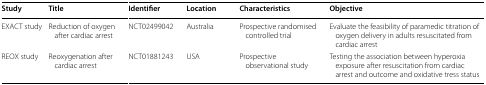
<table><thead><tr><td><b>Study</b></td><td><b>Title</b></td><td><b>Identifier</b></td><td><b>Location</b></td><td><b>Characteristics</b></td><td><b>Objective</b></td></tr></thead><tbody><tr><td>EXACT study</td><td>Reduction of oxygen after cardiac arrest</td><td>NCT02499042</td><td>Australia</td><td>Prospective randomised controlled trial</td><td>Evaluate the feasibility of paramedic titration of oxygen delivery in adults resuscitated from cardiac arrest</td></tr><tr><td>REOX study</td><td>Reoxygenation after cardiac arrest</td><td>NCT01881243</td><td>USA</td><td>Prospective observational study</td><td>Testing the association between hyperoxia exposure after resuscitation from cardiac arrest and outcome and oxidative tress status</td></tr></tbody></table>